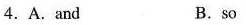
4.A.and B.so